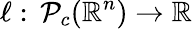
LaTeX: \ell:\, \mathcal P_{c}(\mathbb{R}^{n})\to\mathbb{R}